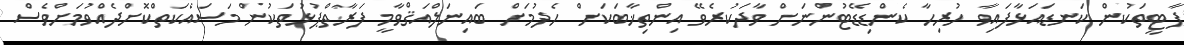
ޕާޓީތަކުން ކަނޑައަޅާފައިވާ ހުރިހާ ކެންޑިޑޭޓުންނަށް ވާދަކުރެވޭ އިންތިޚާބަކަށް ހެދުމަށް ބައިނަލްއަޤްވާމީ ފަރާތްޕުޅުތަކުން މަސައްކަތްކޮށްދެއްވުމަށްވެސް